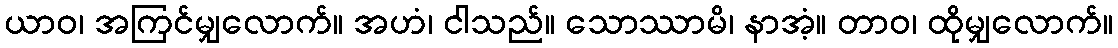
ယာဝ၊ အကြင်မျှလောက်။ အဟံ၊ ငါသည်။ သောဿာမိ၊ နာအံ့။ တာဝ၊ ထိုမျှလောက်။